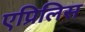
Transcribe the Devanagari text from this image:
एप्रिलिस